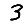
Digit: 3